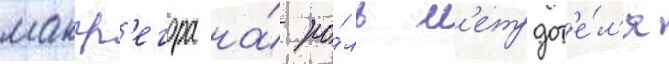
макгр'егора на́ ро́ль м'етрдот'е́л'я